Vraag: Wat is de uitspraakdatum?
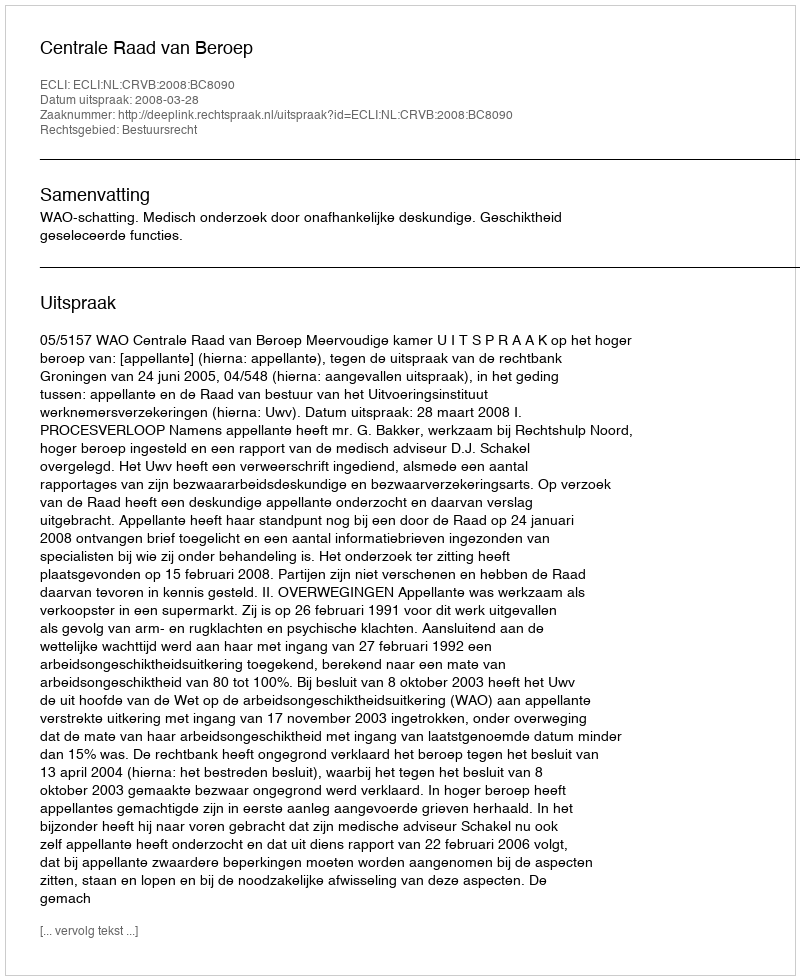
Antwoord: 2008-03-28